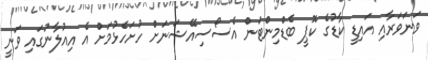
ވަނަވަރާއި އައިޑީ ކާޑުގެ ކޮޕީ ބެޑްމިންޓަން އެސޯސިއޭޝަނަށް ހުށަހެޅުމަށް އެ އިއުލާނުގައި ވަނީ